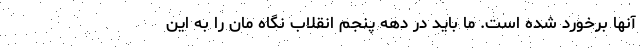
آنها برخورد شده است. ما باید در دهه پنجم انقلاب نگاه مان را به این